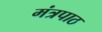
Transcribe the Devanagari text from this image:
मंत्रपाठ